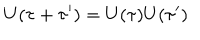
U ( \tau + \tau ^ { \prime } ) = U ( \tau ) U ( \tau ^ { \prime } )